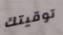
توقيتك